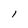
Character: I